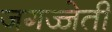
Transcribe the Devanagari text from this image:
जगज्जेती